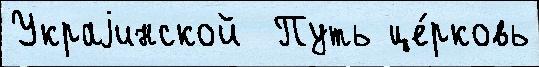
Украjинской  Путь це́рковь